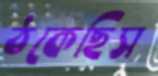
ঠকেছিস